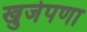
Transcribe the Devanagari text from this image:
खुजेपणा